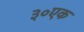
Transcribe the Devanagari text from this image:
३०एक